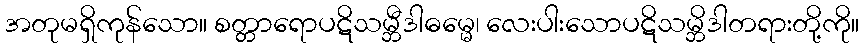
အတုမရှိကုန်သော။ စတ္တာရောပဋိသမ္ဘီဒါဓမ္မေ၊ လေးပါးသောပဋိသမ္ဘိဒါတရားတို့ကို။